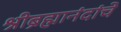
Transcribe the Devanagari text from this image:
श्रीब्रह्मानंदांचे